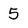
Character: 5